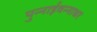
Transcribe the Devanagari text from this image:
पुन्नाईवन्नाथर